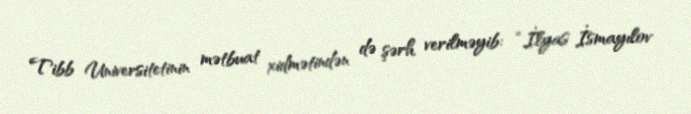
Tibb Universitetinin mətbuat xidmətindən də şərh verilməyib: “İlyas İsmayılov